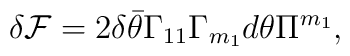
\delta {\cal F} = 2 \delta \bar\theta \Gamma_{11} \Gamma_{m_{1}} d \theta \Pi^{m_{1}},